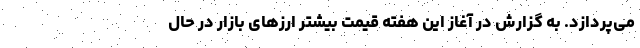
می‌پردازد. به گزارش در آغاز این هفته قیمت بیشتر ارزهای بازار در حال